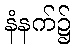
နံနက်၌